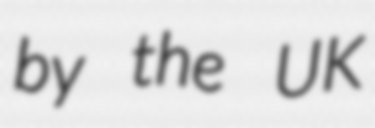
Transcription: by the UK